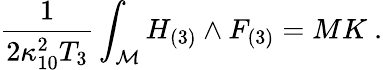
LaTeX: {\frac{1}{2\kappa_{10}^{2}T_{3}}}\int_{\cal M}H_{(3)}\wedge F_{(3)}=MK\ .